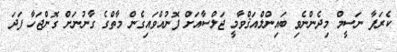
ކެރަފާ ނަސީމް މިދެންނެވި ބައިންލްއަޤްވާމީ ޖަލްސާއަށް ފޮނުއްވައިގެން މާތްގެ ގާނުނަށް ގޮންޖަހާ ފަދަ